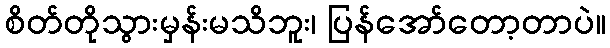
စိတ်တိုသွားမှန်းမသိဘူး၊ ပြန်အော်တော့တာပဲ။